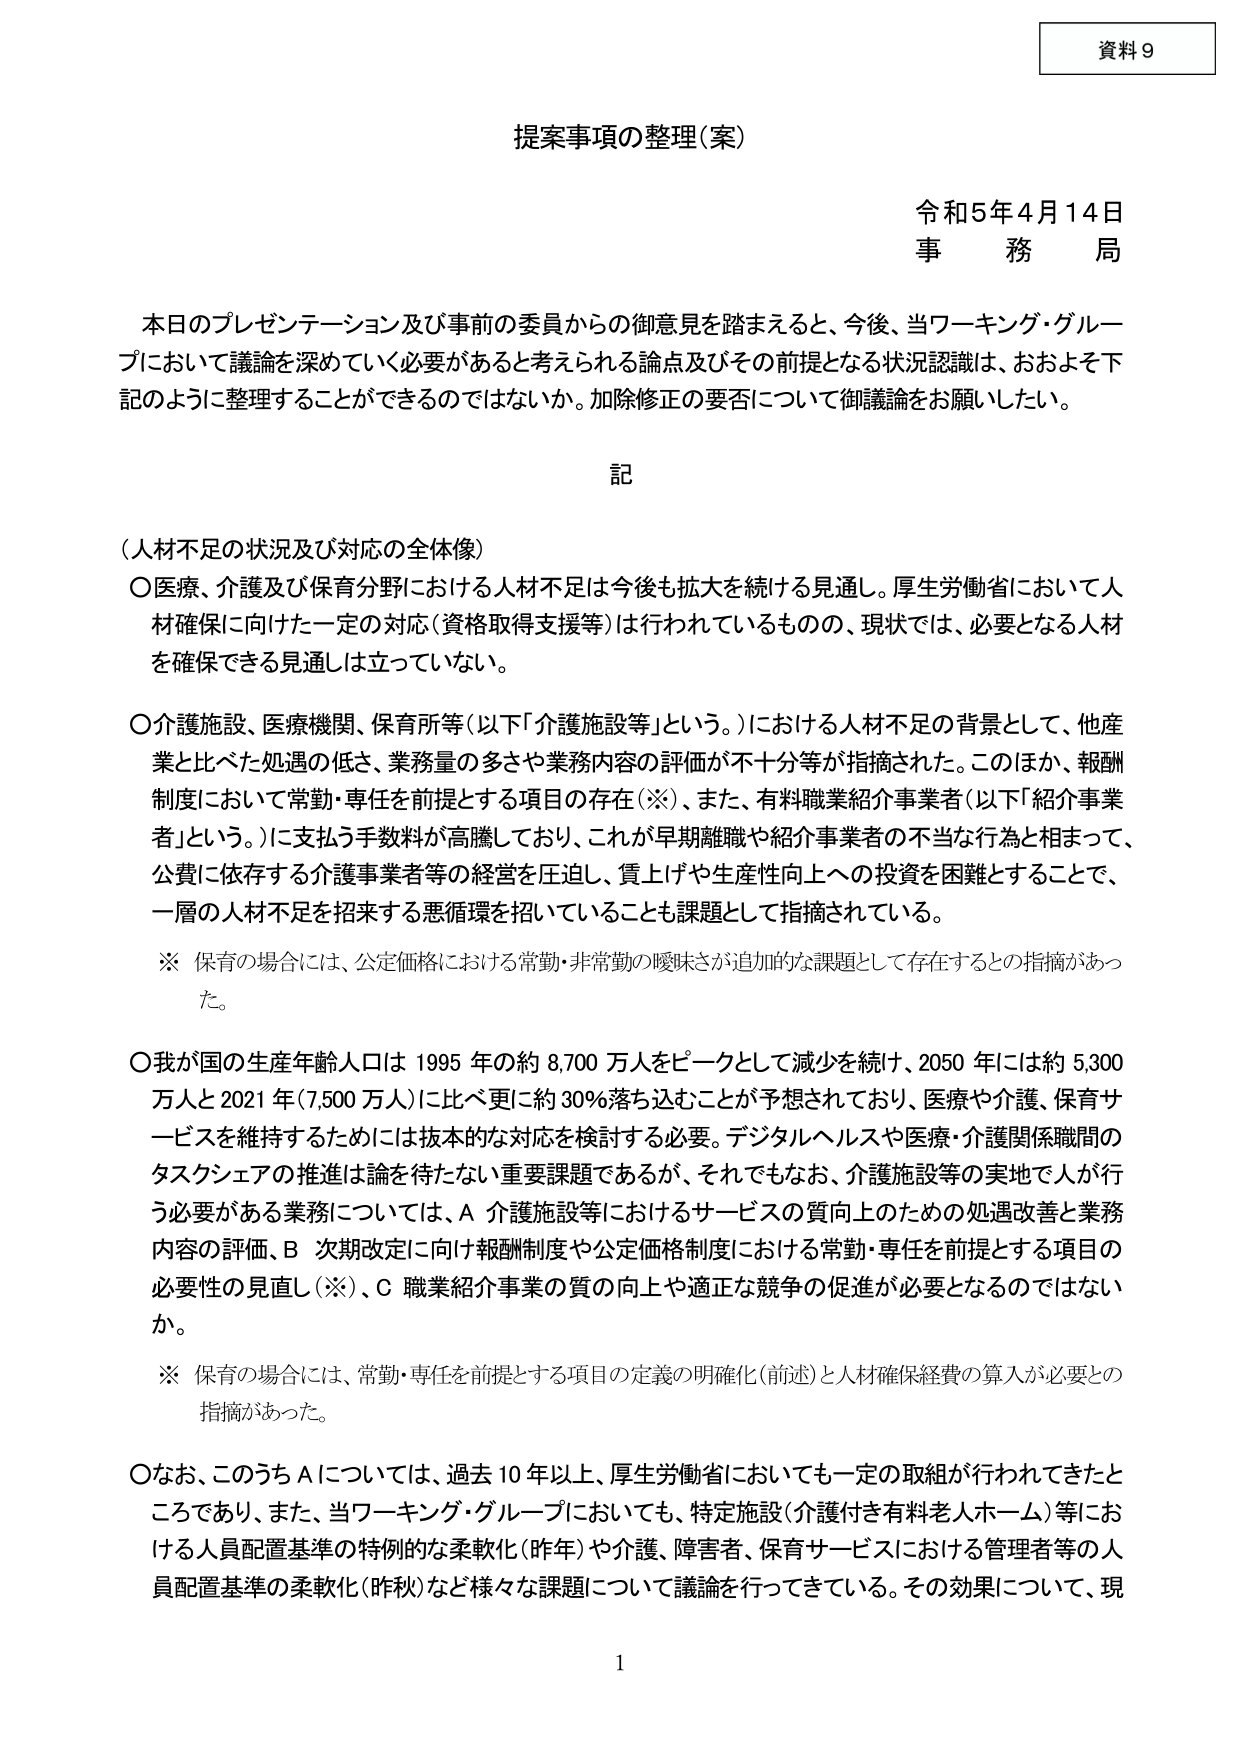
資料９

提案事項の整理（案）

令和５年４月１４日
事務局

本日のプレゼンテーション及び事前の委員からの御意見を踏まえると、今後、当ワーキング・グループにおいて議論を深めていく必要があると考えられる論点及びその前提となる状況認識は、おおよそ下記のように整理することができるのではないか。加除修正の要否について御議論をお願いしたい。

記

（人材不足の状況及び対応の全体像）

〇医療、介護及び保育分野における人材不足は今後も拡大を続ける見通し。厚生労働省において人材確保に向けた一定の対応（資格取得支援等）は行われているものの、現状では、必要となる人材を確保できる見通しは立っていない。

〇介護施設、医療機関、保育所等（以下「介護施設等」という。）における人材不足の背景として、他産業と比べた処遇の低さ、業務量の多さや業務内容の評価が不十分等が指摘された。このほか、報酬制度において常勤・専任を前提とする項目の存在（※）、また、有料職業紹介事業者（以下「紹介事業者」という。）に支払う手数料が高騰しており、これが早期離職や紹介事業者の不当な行為と相まって、公費に依存する介護事業者等の経営を圧迫し、賃上げや生産性向上への投資を困難とすることで、一層の人材不足を招来する悪循環を招いていることも課題として指摘されている。

※ 保育の場合には、公定価格における常勤・非常勤の曖昧さが追加的な課題として存在するとの指摘があった。

〇我が国の生産年齢人口は1995年の約8,700万人をピークとして減少を続け、2050年には約5,300万人と2021年（7,500万人）に比べ更に約30％落ち込むことが予想されており、医療や介護、保育サービスを維持するためには抜本的な対応を検討する必要。デジタルヘルスや医療・介護関係職間のタスクシェアの推進は論を待たない重要課題であるが、それでもなお、介護施設等の実地で人が行う必要がある業務については、A 介護施設等におけるサービスの質向上のための処遇改善と業務内容の評価、B 次期改定に向け報酬制度や公定価格制度における常勤・専任を前提とする項目の必要性の見直し（※）、C 職業紹介事業の質の向上や適正な競争の促進が必要となるのではないか。

※ 保育の場合には、常勤・専任を前提とする項目の定義の明確化（前述）と人材確保経費の算入が必要との指摘があった。

〇なお、このうちAについては、過去10年以上、厚生労働省においても一定の取組が行われてきたところであり、また、当ワーキング・グループにおいても、特定施設（介護付き有料老人ホーム）等における人員配置基準の特例的な柔軟化（昨年）や介護、障害者、保育サービスにおける管理者等の人員配置基準の柔軟化（昨秋）など様々な課題について議論を行ってきている。その効果について、現

1